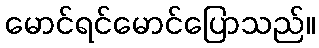
မောင်ရင်မောင်ပြောသည်။